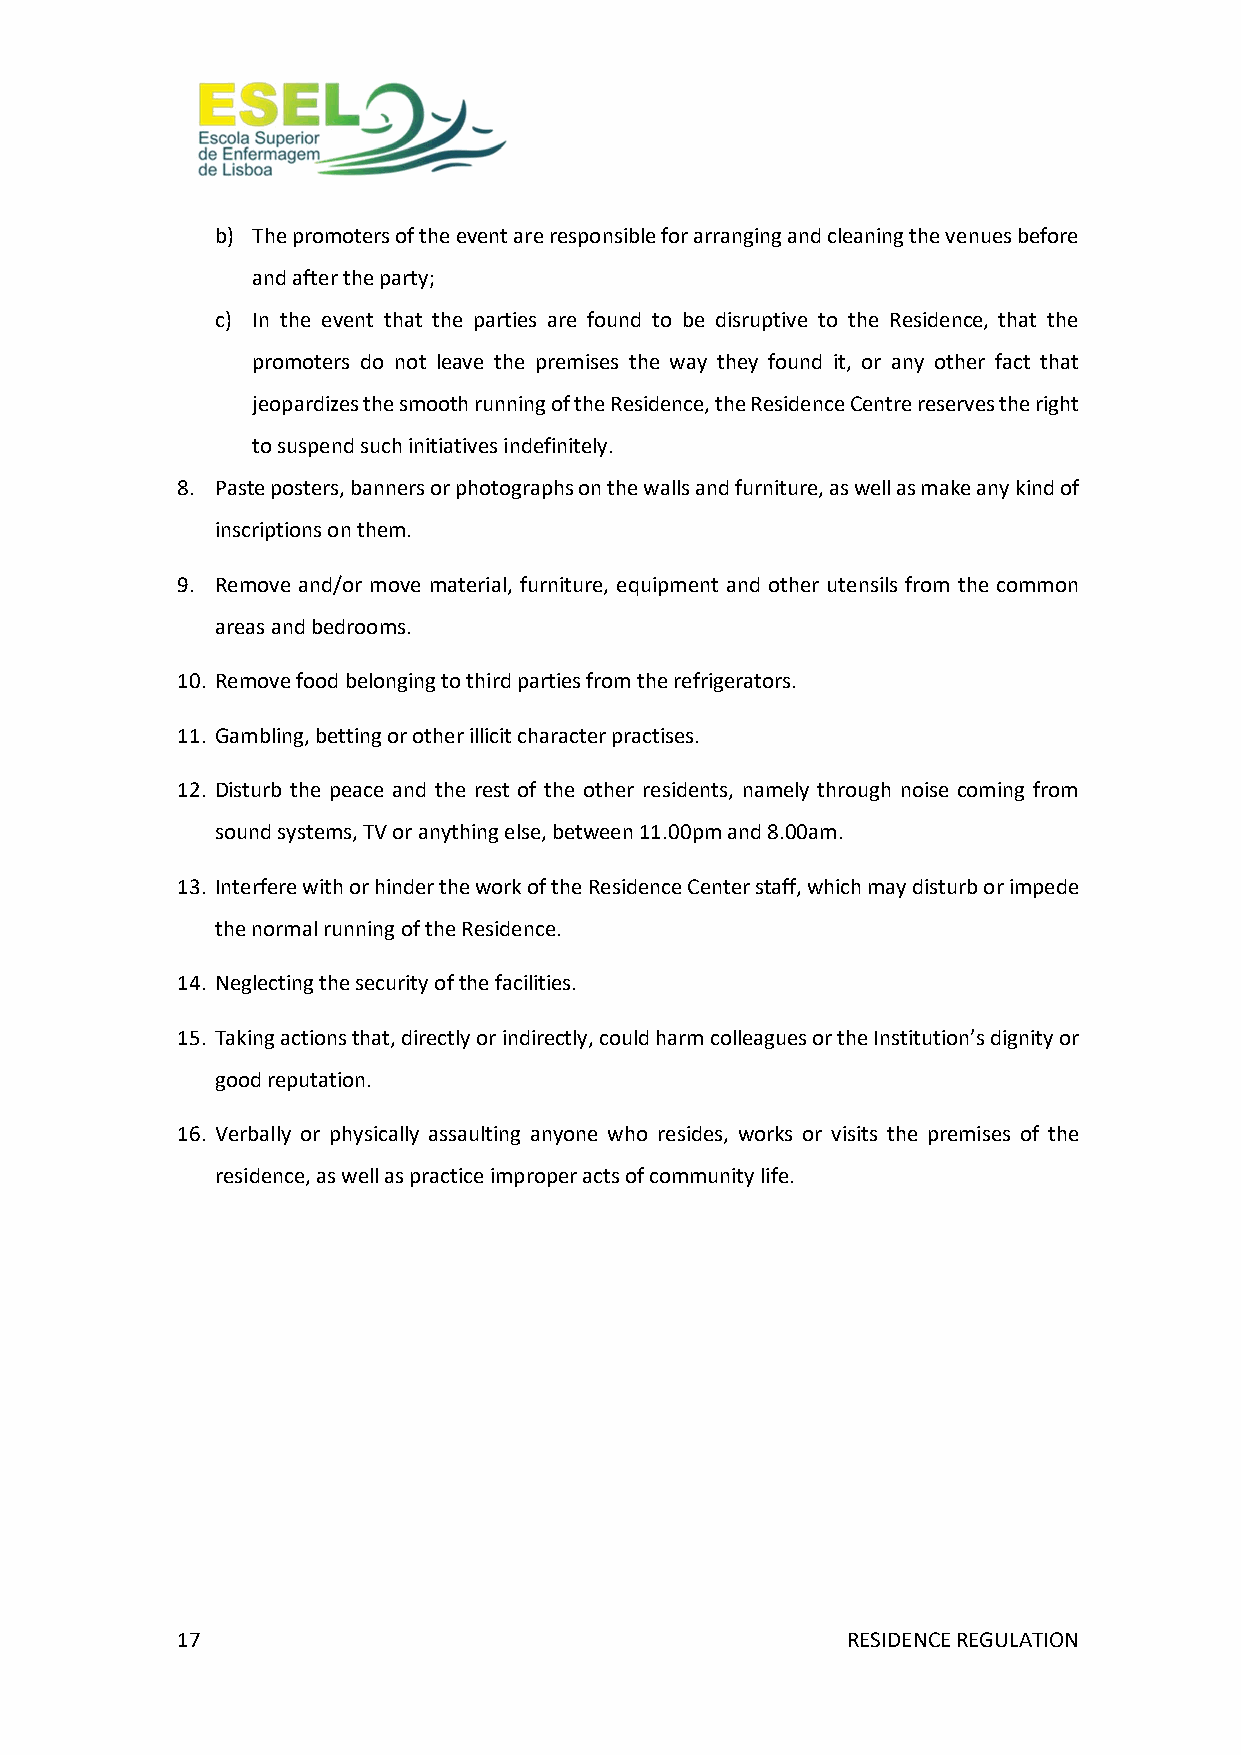
b) The promoters of the event are responsible for arranging and cleaning the venues before
 and after the party;
 c) In the event that the parties are found to be disruptive to the Residence, that the
 promoters do not leave the premises the way they found it, or any other fact that
 jeopardizes the smooth running of the Residence, the Residence Centre reserves the right
 to suspend such initiatives indefinitely.
 8. Paste posters, banners or photographs on the walls and furniture, as well as make any kind of
 inscriptions on them.
 9. Remove and/or move material, furniture, equipment and other utensils from the common
 areas and bedrooms.
 10. Remove food belonging to third parties from the refrigerators.
 11. Gambling, betting or other illicit character practises.
 12. Disturb the peace and the rest of the other residents, namely through noise coming from
 sound systems, TV or anything else, between 11.00pm and 8.00am.
 13. Interfere with or hinder the work of the Residence Center staff, which may disturb or impede
 the normal running of the Residence.
 14. Neglecting the security of the facilities.
 15. Taking actions that, directly or indirectly, could harm colleagues or the Institution’s dignity or
 good reputation.
 16. Verbally or physically assaulting anyone who resides, works or visits the premises of the
 residence, as well as practice improper acts of community life.
 17                                          RESIDENCE REGULATION